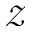
\mathcal { Z }